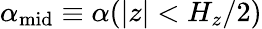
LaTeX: \alpha_{\mathrm{mid}}\equiv\alpha(|z|<H_{z}/2)